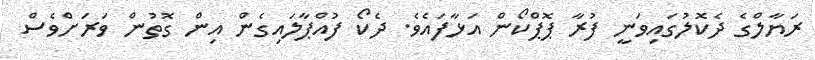
ރަޔާލްގެ ދެކޮލުގައިވަނީ ފުރާ ޕޮޕްކޯން އަޅާފައެވެ. ދެކޯ ފުއްޕާލައިގެން އިން ގޮތުން ވަރަށްވެސް